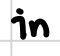
Text: in
Cross-out: clean
Writing tool: digital_black